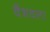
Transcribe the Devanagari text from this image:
वैभवला